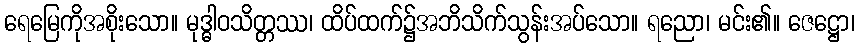
ရေမြေကိုအစိုးသော။ မုဒ္ဓါဝသိတ္တဿ၊ ထိပ်ထက်၌အဘိသိက်သွန်းအပ်သော။ ရညော၊ မင်း၏။ ဇေဋ္ဌော၊